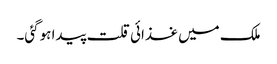
ملک میں غذائی قلت پیدا ہوگئی۔